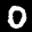
Label: 0